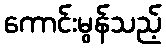
ကောင်းမွန်သည့်